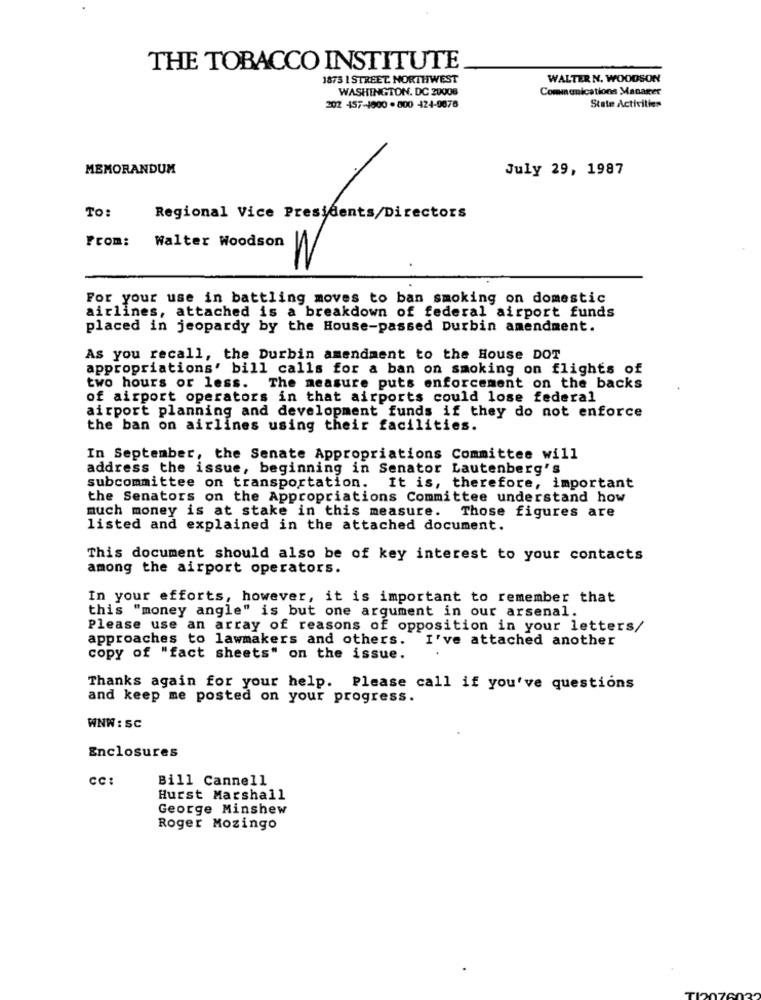
THE TOBACCO INSTITUTE
1875 1 STREET. NORTHWEST
WALTER N. WOODSON
WASHINGTON, DC 20006
Communications Manager
202 457-1800 . 800 424-9678
State Activities
MEMORANDUM
July 29, 1987
To:
Regional Vice Presidents/Directors
From: Walter Woodson
For your use in battling moves to ban smoking on domestic
airlines, attached is a breakdown of federal airport funds
placed in jeopardy by the House-passed Durbin amendment.
As you recall, the Durbin amendment to the House DOT
appropriations' bill calls for a ban on smoking on flights of
two hours or less. The measure puts enforcement on the backs
of airport operators in that airports could lose federal
airport planning and development funds if they do not enforce
the ban on airlines using their facilities.
In September, the Senate Appropriations Committee will
address the issue, beginning in Senator Lautenberg's
subcommittee on transportation. It is, therefore, important
the Senators on the Appropriations Committee understand how
much money is at stake in this measure. Those figures are
listed and explained in the attached document.
This document should also be of key interest to your contacts
among the airport operators.
In your efforts, however, it is important to remember that
this "money angle" is but one argument in our arsenal.
Please use an array of reasons of opposition in your letters/
approaches to lawmakers and others. I've attached another
copy of "fact sheets" on the issue.
Thanks again for your help. Please call if you've questions
and keep me posted on your progress.
WNW : SC
Enclosures
CC:
Bill Cannell
Hurst Marshall
George Minshew
Roger Mozingo